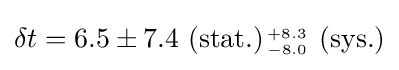
\delta t=6.5\pm 7.4\ (\mathrm {stat.} ){\scriptstyle {+8.3 \atop -8.0}}\ (\mathrm {sys.} )